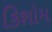
કિશોમ